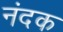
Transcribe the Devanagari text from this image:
नंदक